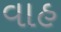
વાહ